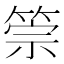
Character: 𥮵